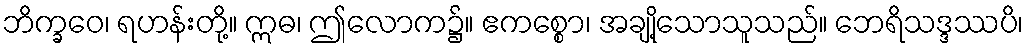
ဘိက္ခဝေ၊ ရဟန်းတို့။ ဣဓ၊ ဤလောက၌။ ဧကစ္စော၊ အချို့သောသူသည်။ ဘေရိသဒ္ဒဿပိ၊